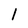
Character: 1